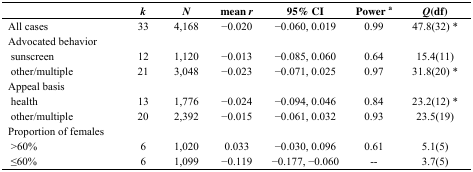
<table><thead><tr><td></td><td><b><i>k</i></b></td><td><b><i>N</i></b></td><td><b>mean<i>r</i></b></td><td><b>95% CI</b></td><td><b>Power <sup>a</sup></b></td><td><b><i>Q</i>(df)</b></td></tr></thead><tbody><tr><td>All cases</td><td>33</td><td>4,168</td><td>−0.020</td><td>−0.060, 0.019</td><td>0.99</td><td>47.8(32) *</td></tr><tr><td>Advocated behavior</td><td></td><td></td><td></td><td></td><td></td><td></td></tr><tr><td>sunscreen</td><td>12</td><td>1,120</td><td>−0.013</td><td>−0.085, 0.060</td><td>0.64</td><td>15.4(11)</td></tr><tr><td>other/multiple</td><td>21</td><td>3,048</td><td>−0.023</td><td>−0.071, 0.025</td><td>0.97</td><td>31.8(20) *</td></tr><tr><td>Appeal basis</td><td></td><td></td><td></td><td></td><td></td><td></td></tr><tr><td>health</td><td>13</td><td>1,776</td><td>−0.024</td><td>−0.094, 0.046</td><td>0.84</td><td>23.2(12) *</td></tr><tr><td>other/multiple</td><td>20</td><td>2,392</td><td>−0.015</td><td>−0.061, 0.032</td><td>0.93</td><td>23.5(19)</td></tr><tr><td>Proportion of females</td><td></td><td></td><td></td><td></td><td></td><td></td></tr><tr><td>&gt;60%</td><td>6</td><td>1,020</td><td>0.033</td><td>−0.030, 0.096</td><td>0.61</td><td>5.1(5)</td></tr><tr><td>≤60%</td><td>6</td><td>1,099</td><td>−0.119</td><td>−0.177, −0.060</td><td>--</td><td>3.7(5)</td></tr></tbody></table>